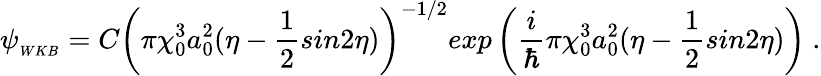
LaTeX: \psi_{_{WKB}}=C{\left(\pi\chi_{0}^{3}a_{0}^{2}(\eta-\frac{1}{2}sin{2\eta})\right)}^{-1/2}exp\left(\frac{i}{\hbar}\pi\chi_{0}^{3}a_{0}^{2}(\eta-\frac{1}{2}sin{2\eta})\right)~.